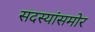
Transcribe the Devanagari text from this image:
सदस्यांसमोर